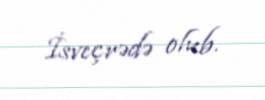
İsveçrədə olub.